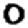
Digit: 0